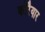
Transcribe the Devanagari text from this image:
कोरैयार